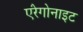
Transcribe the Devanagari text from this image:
एंरेगोनाइट